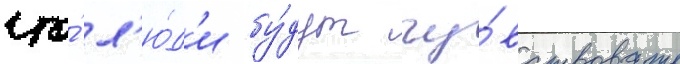
что́ л'ю́д'и бу́дут чу́вствовать